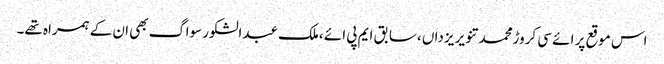
اس موقع پر ائے سی کروڑمحمد تنویر یزداں ،سابق ایم پی ائے ،ملک عبدالشکور سواگ بھی ان کے ہمراہ تھے۔